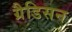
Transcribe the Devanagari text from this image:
ग्रैडिसन